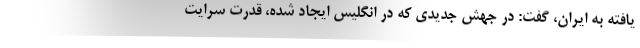
‌یافته به ایران، گفت: در جهش جدیدی که در انگلیس ایجاد شده، قدرت سرایت